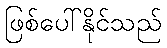
ဖြစ်ပေါ်နိုင်သည်